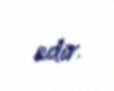
edir.